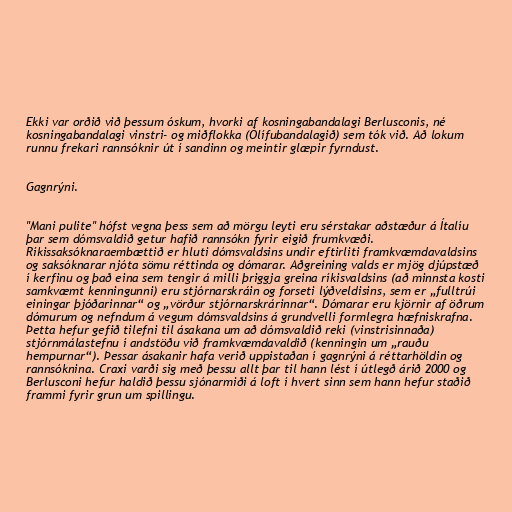
Ekki var orðið við þessum óskum, hvorki af kosningabandalagi Berlusconis, né
kosningabandalagi vinstri- og miðflokka (Ólífubandalagið) sem tók við. Að lokum
runnu frekari rannsóknir út í sandinn og meintir glæpir fyrndust.

Gagnrýni.

"Mani pulite" hófst vegna þess sem að mörgu leyti eru sérstakar aðstæður á Ítalíu
þar sem dómsvaldið getur hafið rannsókn fyrir eigið frumkvæði.
Ríkissaksóknaraembættið er hluti dómsvaldsins undir eftirliti framkvæmdavaldsins
og saksóknarar njóta sömu réttinda og dómarar. Aðgreining valds er mjög djúpstæð
í kerfinu og það eina sem tengir á milli þriggja greina ríkisvaldsins (að minnsta kosti
samkvæmt kenningunni) eru stjórnarskráin og forseti lýðveldisins, sem er „fulltrúi
einingar þjóðarinnar“ og „vörður stjórnarskrárinnar“. Dómarar eru kjörnir af öðrum
dómurum og nefndum á vegum dómsvaldsins á grundvelli formlegra hæfniskrafna.
Þetta hefur gefið tilefni til ásakana um að dómsvaldið reki (vinstrisinnaða)
stjórnmálastefnu í andstöðu við framkvæmdavaldið (kenningin um „rauðu
hempurnar“). Þessar ásakanir hafa verið uppistaðan í gagnrýni á réttarhöldin og
rannsóknina. Craxi varði sig með þessu allt þar til hann lést í útlegð árið 2000 og
Berlusconi hefur haldið þessu sjónarmiði á loft í hvert sinn sem hann hefur staðið
frammi fyrir grun um spillingu.